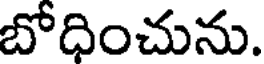
బోధించును.